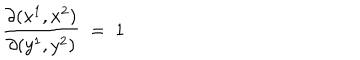
\frac { \partial ( x ^ { 1 } , x ^ { 2 } ) } { \partial ( y ^ { 1 } , y ^ { 2 } ) } \; = \; 1